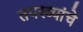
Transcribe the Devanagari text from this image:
तपस्व्यांचे